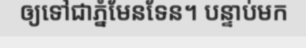
ឲ្យទៅជាភ្នំមែនទែន។ បន្ទាប់មក